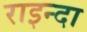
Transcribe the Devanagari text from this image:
राइन्दा